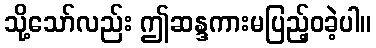
သို့သော်လည်း ဤဆန္ဒကားမပြည့်ဝခဲ့ပါ။